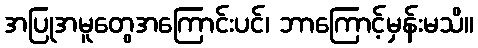
အပြုအမူတွေအကြောင်းပင်၊ ဘာကြောင့်မှန်းမသိ။